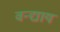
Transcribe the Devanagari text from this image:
वन्द्याय